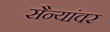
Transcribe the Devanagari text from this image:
सैन्यांवर